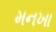
મનખા